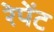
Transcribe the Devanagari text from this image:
रेपेंट